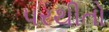
પરથીતો